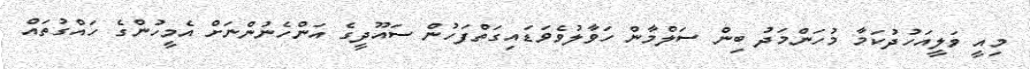
މިއީ ވަލީއަހުދުކަމާ މުހަންމަދު ބިން ސަލްމާން ހަވާލުވެވަޑައިގަތްފަހުން ސައޫދީގެ އަންހެނުންނަށް އެމީހުންގެ ހައްގުތައް